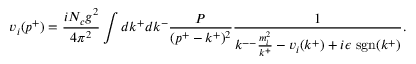
v _ { i } ( p ^ { + } ) = \frac { i N _ { c } g ^ { 2 } } { 4 \pi ^ { 2 } } \int d k ^ { + } d k ^ { - } \frac { \cal P } { ( p ^ { + } - k ^ { + } ) ^ { 2 } } \frac { 1 } { k ^ { -- } \frac { m _ { i } ^ { 2 } } { k ^ { + } } - v _ { i } ( k ^ { + } ) + i \epsilon ~ \mathrm { s g n } ( k ^ { + } ) } .